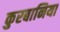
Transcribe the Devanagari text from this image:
कुरबानिया